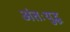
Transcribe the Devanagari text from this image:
अंतःयुद्ध